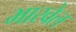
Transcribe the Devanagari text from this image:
भारवेल